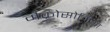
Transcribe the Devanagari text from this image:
मैक्रोसोमिया